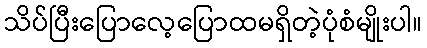
သိပ်ပြီးပြောလေ့ပြောထမရှိတဲ့ပုံစံမျိုးပါ။